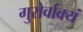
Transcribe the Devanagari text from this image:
गुरोर्वाक्यं